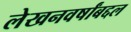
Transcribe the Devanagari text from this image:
लेखनवर्षांबद्दल